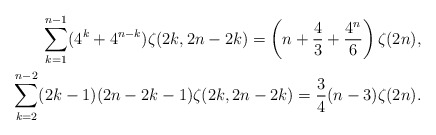
\begin{align*} \sum_{k=1}^{n-1} (4^k+4^{n-k}) \zeta(2k,2n-2k)=\left(n+\frac43+\frac{4^n}6\right)\zeta(2n),\\ \sum_{k=2}^{n-2} (2k-1)(2n-2k-1) \zeta(2k,2n-2k)=\frac34 (n-3)\zeta(2n).\end{align*}